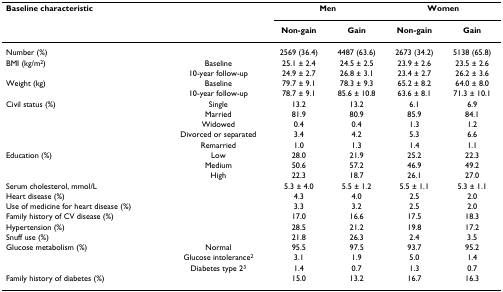
<table><thead><tr><td colspan="2"><b>Baseline characteristic</b></td><td colspan="2"><b>Men</b></td><td colspan="2"><b>Women</b></td></tr><tr><td></td><td></td><td><b>Non-gain</b></td><td><b>Gain</b></td><td><b>Non-gain</b></td><td><b>Gain</b></td></tr></thead><tbody><tr><td>Number (%)</td><td></td><td>2569 (36.4)</td><td>4487 (63.6)</td><td>2673 (34.2)</td><td>5138 (65.8)</td></tr><tr><td>BMI (kg/m<sup>2</sup>)</td><td>Baseline</td><td>25.1 ± 2.4</td><td>24.5 ± 2.5</td><td>23.9 ± 2.6</td><td>23.5 ± 2.6</td></tr><tr><td></td><td>10-year follow-up</td><td>24.9 ± 2.7</td><td>26.8 ± 3.1</td><td>23.4 ± 2.7</td><td>26.2 ± 3.6</td></tr><tr><td>Weight (kg)</td><td>Baseline</td><td>79.7 ± 9.1</td><td>78.3 ± 9.3</td><td>65.2 ± 8.2</td><td>64.0 ± 8.0</td></tr><tr><td></td><td>10-year follow-up</td><td>78.7 ± 9.1</td><td>85.6 ± 10.8</td><td>63.6 ± 8.1</td><td>71.3 ± 10.1</td></tr><tr><td>Civil status (%)</td><td>Single</td><td>13.2</td><td>13.2</td><td>6.1</td><td>6.9</td></tr><tr><td></td><td>Married</td><td>81.9</td><td>80.9</td><td>85.9</td><td>84.1</td></tr><tr><td></td><td>Widowed</td><td>0.4</td><td>0.4</td><td>1.3</td><td>1.2</td></tr><tr><td></td><td>Divorced or separated</td><td>3.4</td><td>4.2</td><td>5.3</td><td>6.6</td></tr><tr><td></td><td>Remarried</td><td>1.0</td><td>1.3</td><td>1.4</td><td>1.1</td></tr><tr><td>Education (%)</td><td>Low</td><td>28.0</td><td>21.9</td><td>25.2</td><td>22.3</td></tr><tr><td></td><td>Medium</td><td>50.6</td><td>57.2</td><td>46.9</td><td>49.2</td></tr><tr><td></td><td>High</td><td>22.3</td><td>18.7</td><td>26.1</td><td>27.0</td></tr><tr><td>Serum cholesterol, mmol/L</td><td></td><td>5.3 ± 4.0</td><td>5.5 ± 1.2</td><td>5.5 ± 1.1</td><td>5.3 ± 1.1</td></tr><tr><td>Heart disease (%)</td><td></td><td>4.3</td><td>4.0</td><td>2.5</td><td>2.0</td></tr><tr><td>Use of medicine for heart disease (%)</td><td></td><td>3.3</td><td>3.2</td><td>2.5</td><td>2.0</td></tr><tr><td>Family history of CV disease (%)</td><td></td><td>17.0</td><td>16.6</td><td>17.5</td><td>18.3</td></tr><tr><td>Hypertension (%)</td><td></td><td>28.5</td><td>21.2</td><td>19.8</td><td>17.2</td></tr><tr><td>Snuff use (%)</td><td></td><td>21.8</td><td>26.3</td><td>2.4</td><td>3.5</td></tr><tr><td>Glucose metabolism (%)</td><td>Normal</td><td>95.5</td><td>97.5</td><td>93.7</td><td>95.2</td></tr><tr><td></td><td>Glucose intolerance<sup>2</sup></td><td>3.1</td><td>1.9</td><td>5.0</td><td>1.4</td></tr><tr><td></td><td>Diabetes type 2<sup>3</sup></td><td>1.4</td><td>0.7</td><td>1.3</td><td>0.7</td></tr><tr><td>Family history of diabetes (%)</td><td></td><td>15.0</td><td>13.2</td><td>16.7</td><td>16.3</td></tr></tbody></table>